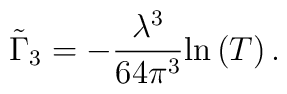
\tilde\Gamma_3=-\frac{\lambda^3}{64 \pi^3}{\rm ln}\left(T\right) .